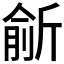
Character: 𣂮